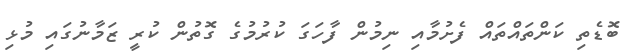
ބޮޑެތި ކަންތައްތައް ފެށުމާއި ނިމުން ފާހަގަ ކުރުމުގެ ގޮތުން ކުރީ ޒަމާނުގައި މުޅި